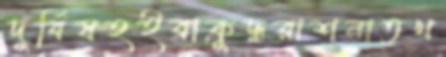
দুর্বিষহইবাক্রুদ্ধরাশনাতখ